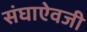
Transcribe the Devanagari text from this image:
संघाऐवजी